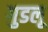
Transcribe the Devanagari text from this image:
गुडलू